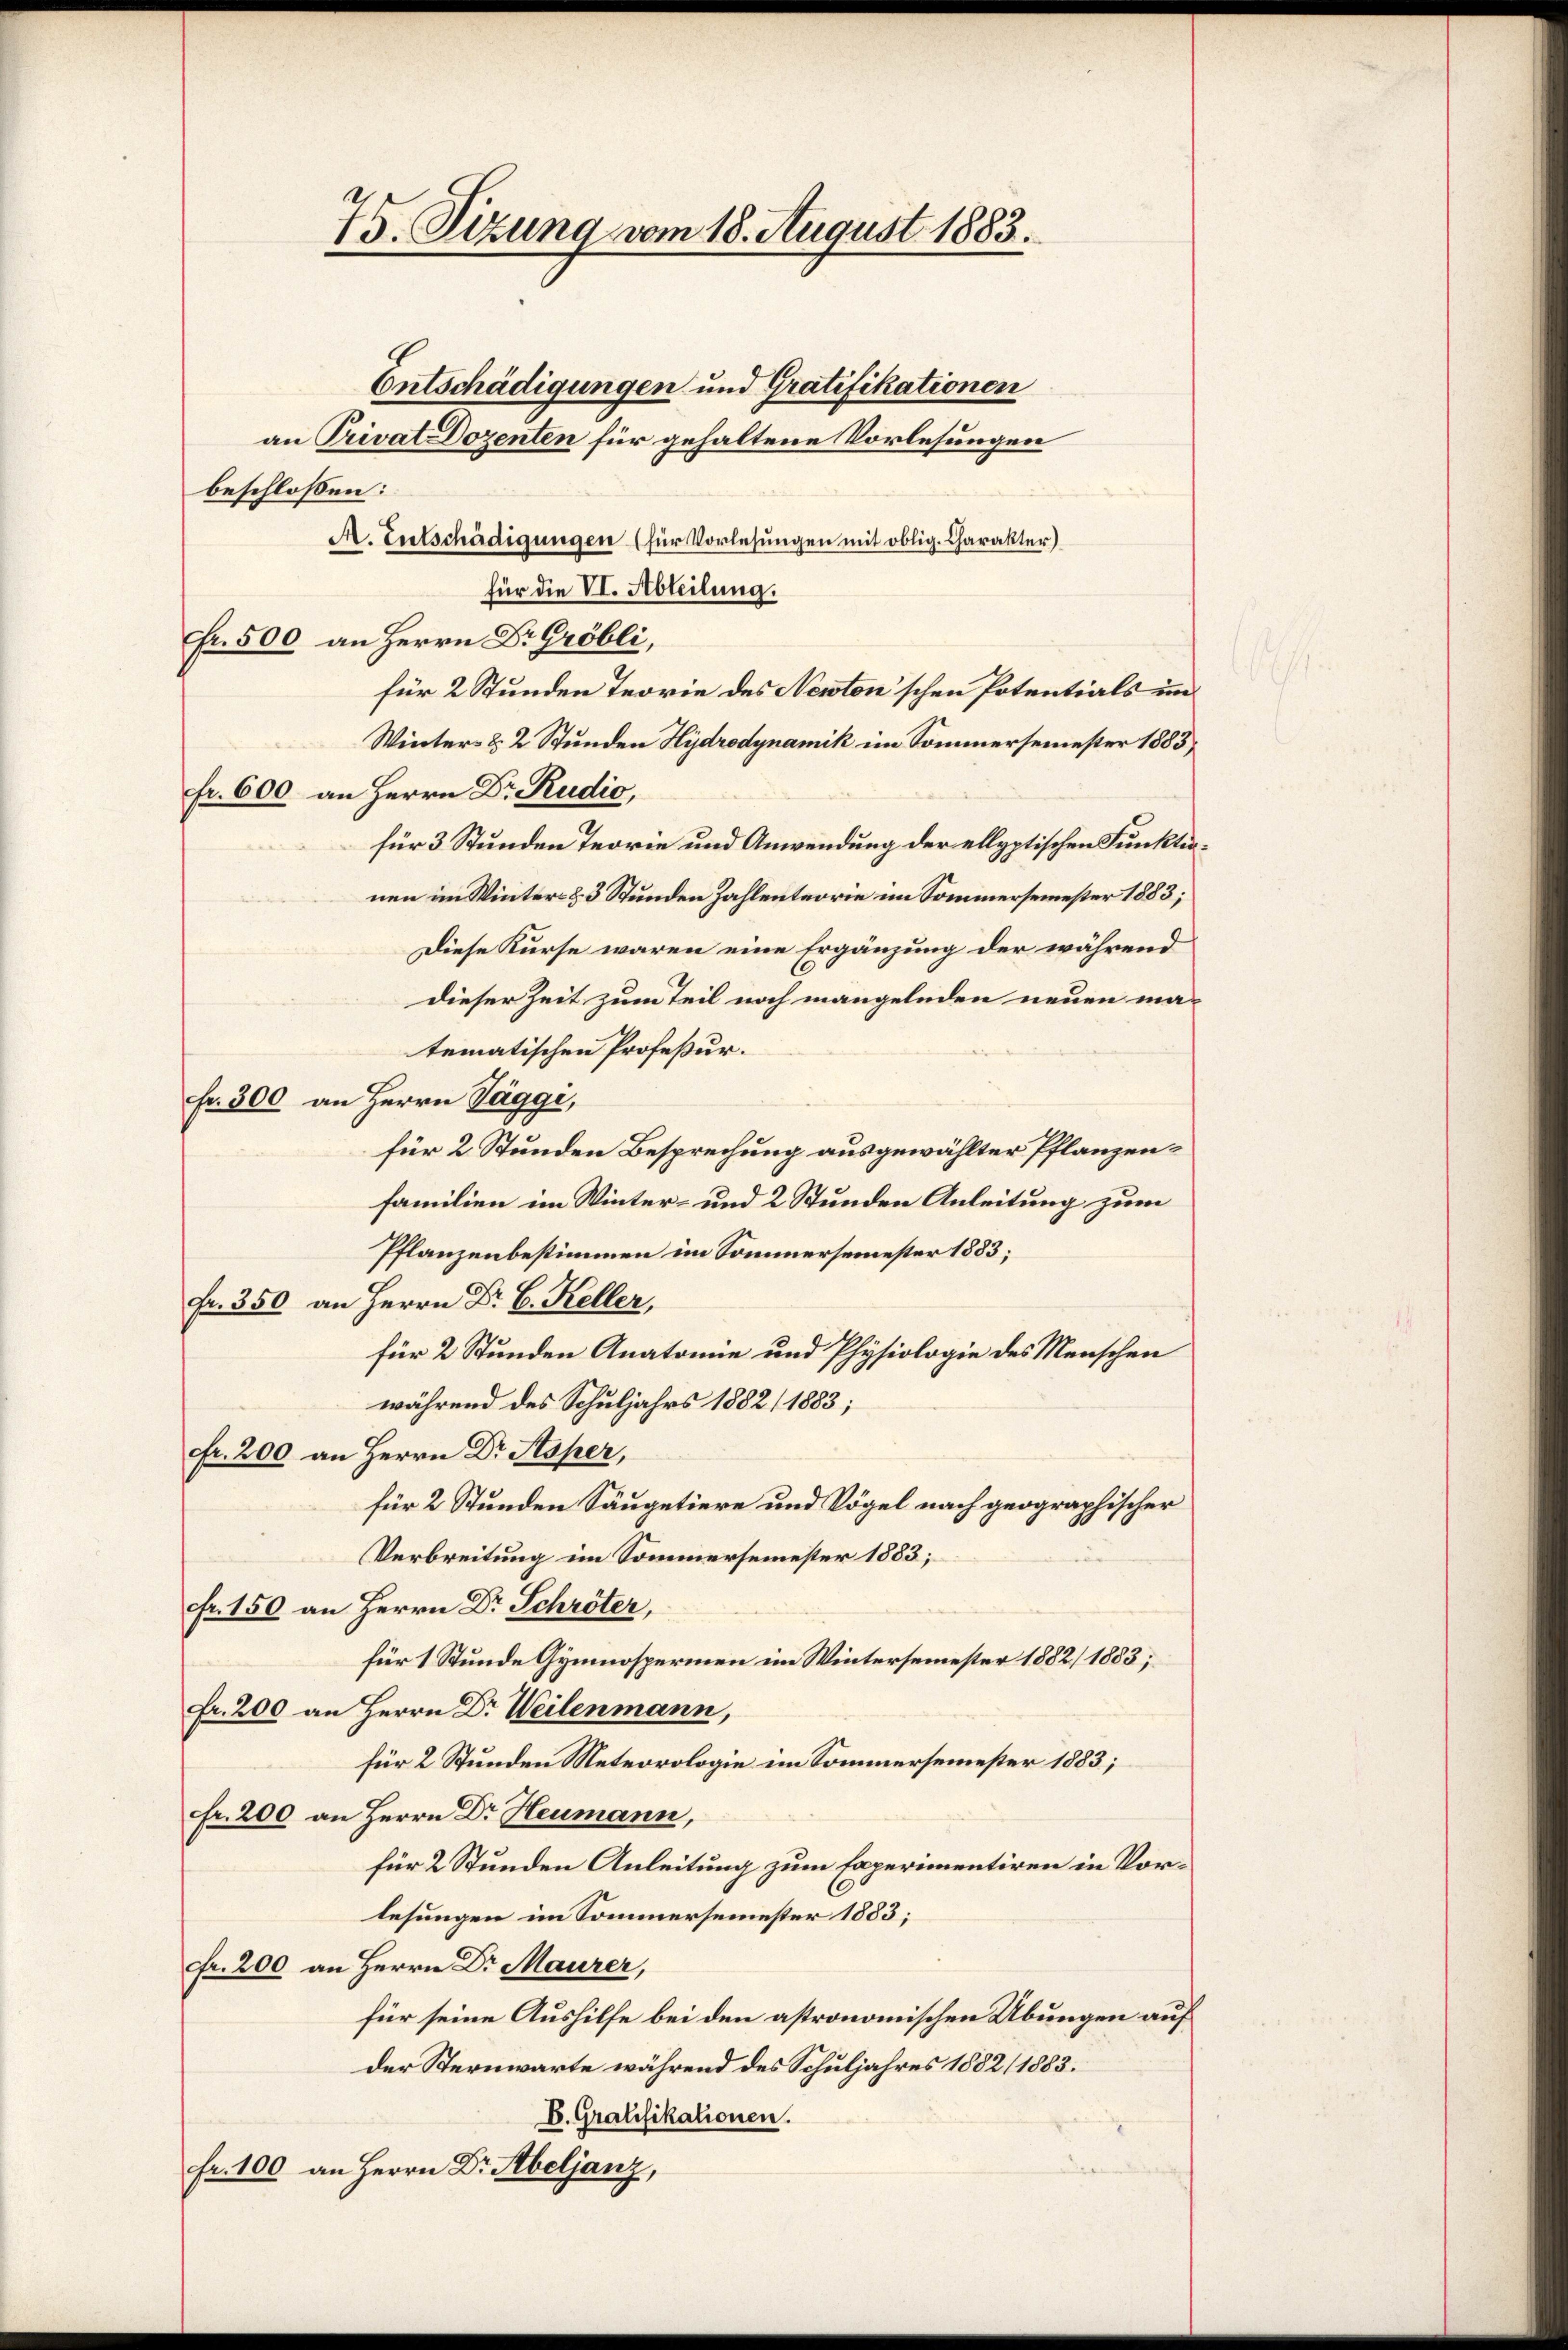
75. Sizung vom 18. August 1883.

Entschädigungen und Gratifikationen
an Privat Dozenten für gehaltene Vorlesungen
beschlossen:
A. Entschädigungen (für Vorlesungen mit oblig. Charakter)
für die VI. Abteilung.
Fr. 500 an Herrn Dr. Gröbli,
für 2 Stunden Teorie des Newton’schen Potentials un¬
Winter- & 2 Stunden Hydrodynamik im Sommersemester 1883,
fr. 600 an Herrn Dr. Rudio,
für 3 Stunden Teorie und Anwendung der ellyptischen Funkten.
nen im Winter- & 3 Stunden Zahlenteorie im Sommersemester 1883;
Diese Kurse waren eine Ergänzung der während
s
dieser Zeit zum Teil noch mangelnden neuen ma-
tematischen Profeßur.
fr. 300 an Herrn Taggi,
für 2 Stunden Besprechung ausgewählter Pflanzen¬
Familien im Winter- und 2 Stunden Anleitung zum
Pflanzenbestimmen im Sommersemester 1883;
Fr. 350 an Herrn Dr. C. Keller,
für 2 Stunden Anatomie und Physiologie des Menschen
während des Schuljahrs 1882/1883;
Fr. 200 an Herrn Dr Rtsper,
für 2 Stunden Säugetiere und Vögel nach geographischer
Verbreitung im Sommersemester 1883;
fr. 150 an Herrn Dr Schröter,
für 1 Stunde Gymnosperien im Wintersemester 1882/ 1883;
Fr. 200 an Herrn Dr Weilenmann,
für 2 Stunden Meteorologie im Sommersemester 1883;
Fr. 200 an Herrn Dr. Heumann,
für 2 Stunden Anleitung zum Experimentiren in Vorlesungen im Sommersemester 1883;
Fr. 200 an Herrn Dr Maurer,
für seine Aushilfe bei den astronomischen Übungen auf
der Sternwarte während des Schuljahres 1882 (1883.
B. Gratifikationen.
fr. 100 an Herrn Dr. Abeljanz,